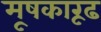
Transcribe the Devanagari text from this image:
मूषकारूढ